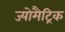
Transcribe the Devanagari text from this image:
ज्योमैट्रिक